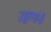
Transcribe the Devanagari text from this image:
उड्डाणांनी